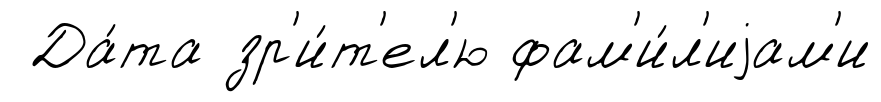
Да́та зр'и́т'ел'ю фам'и́л'иjам'и